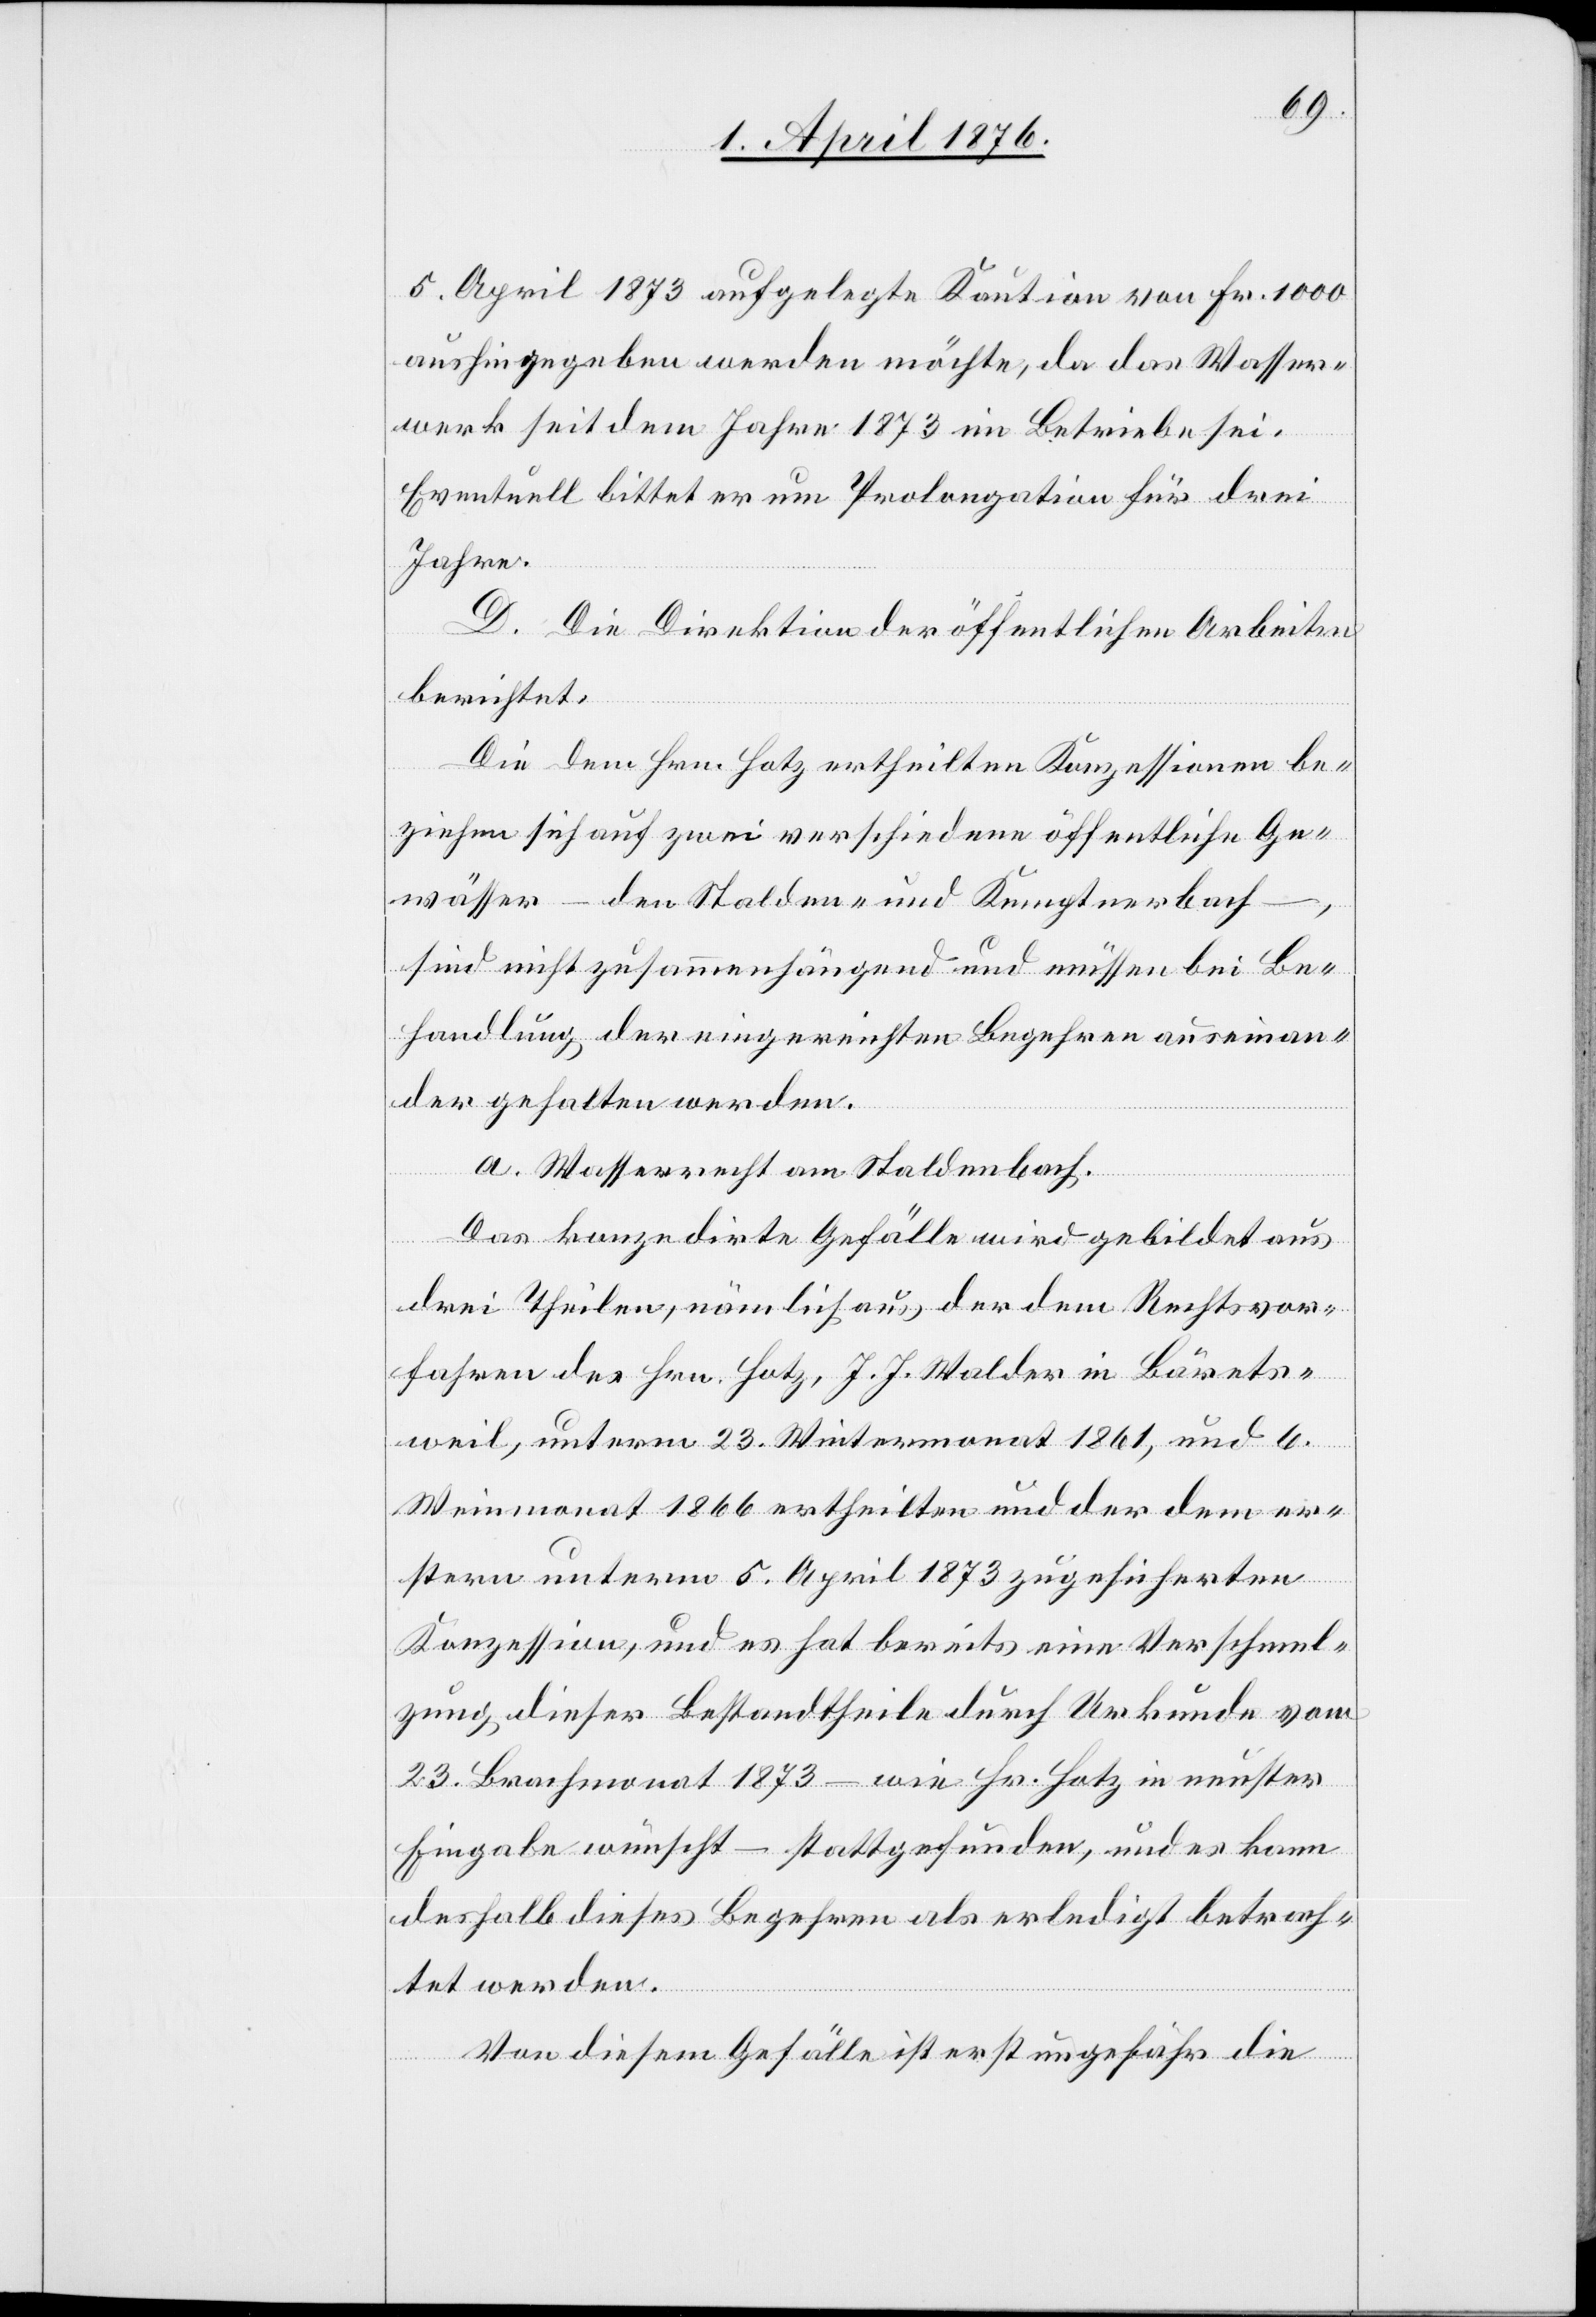
5. April 1873 aufgelegte Kaution von Fr. 1000
aushingegeben werden möchte, da das Wasser¬
werk seit dem Jahre 1873 in Betriebe sei.
Eventuell bittet er um Prolongation für drei
Jahre.
D. Die Direktion der öffentlichen Arbeiten
berichtet:
Die dem Hrn. Hotz ertheilten Konzessionen be¬
ziehen sich auf zwei verschiedene öffentliche Ge¬
wässer – den Stalden- und Kemptnerbach
sind nicht zusammenhängend und müssen bei Be¬
handlung der eingereichten Begehren auseinan¬
der gehalten werden.
a. Wasserrecht am Staldenbach.
Das konzedirte Gefälle wird gebildet aus
drei Theilen, nämlich aus der dem Rechtsvor¬
fahren des Hrn. Hotz, J. J. Walder in Bärets¬
weil, unterm 23. Wintermonat 1861, und 6.
Weinmonat 1866 ertheilten und der dem er¬
stern unterm 5. April 1873 zugesicherten
Konzession, und es hat bereits eine Verschmel¬
zung dieser Bestandtheile durch Urkunde vom
23. Brachmonat 1873 – wie Hr. Hotz in neuster
Eingabe wünscht – stattgefunden, und es kann
deshalb dieses Begehren als erledigt betrach¬
tet werden.
Von diesem Gefälle ist erst ungefähr die